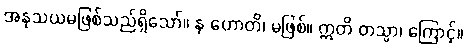
အနုသယမဖြစ်သည်ရှိသော်။ န ဟောတိ၊ မဖြစ်။ ဣတိ တသ္မာ၊ ကြောင့်။